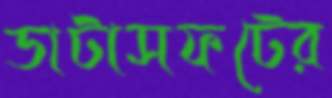
ডাটাসফটের